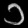
Digit: ၁